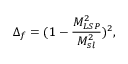
\Delta _ { f } = ( 1 - \frac { M _ { L S P } ^ { 2 } } { M _ { s l } ^ { 2 } } ) ^ { 2 } , \,